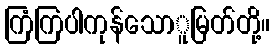
ကြံကြပါကုန်သောူမြတ်တို့။